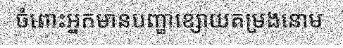
ចំពោះអ្នកមានបញ្ហាខ្សោយតម្រងនោម